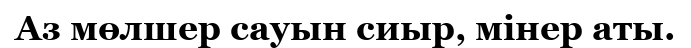
Аз мөлшер сауын сиыр, мінер аты.